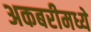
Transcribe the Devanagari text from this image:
अकबरीमध्ये